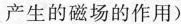
产生的磁场的作用)